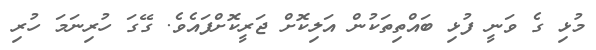
މުޅި ގެ ވަނީ ފުޅި ބައްތިތަކުން އަލިކޮށް ޖަރީކޮށްފައެވެ. ގޭގަ ހުރިނަމަ ހުރި